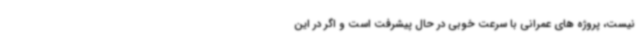
نیست، پروژه های عمرانی با سرعت خوبی در حال پیشرفت است و اگر در این